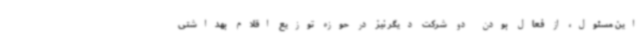
این مسئول، از فعال بودن دو شرکت دیگر نیز در حوزه توزیع اقلام بهداشتی